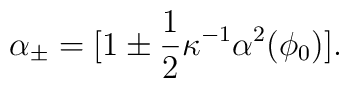
\alpha_{\pm}= [1 \pm \frac{1}{2}\kappa^{-1}\alpha^2(\phi_0)].